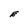
Character: E